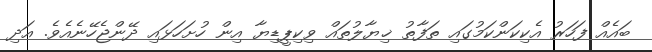
ބައެއް ފަހަރު އެކިކަންކަމުގައި ތަފާތު ޚިޔާލުތައް ވިކިޕީޑިޔާ އިން ހުށަހަޅައި ދޭންޖެހޭނެއެވެ. އަދި